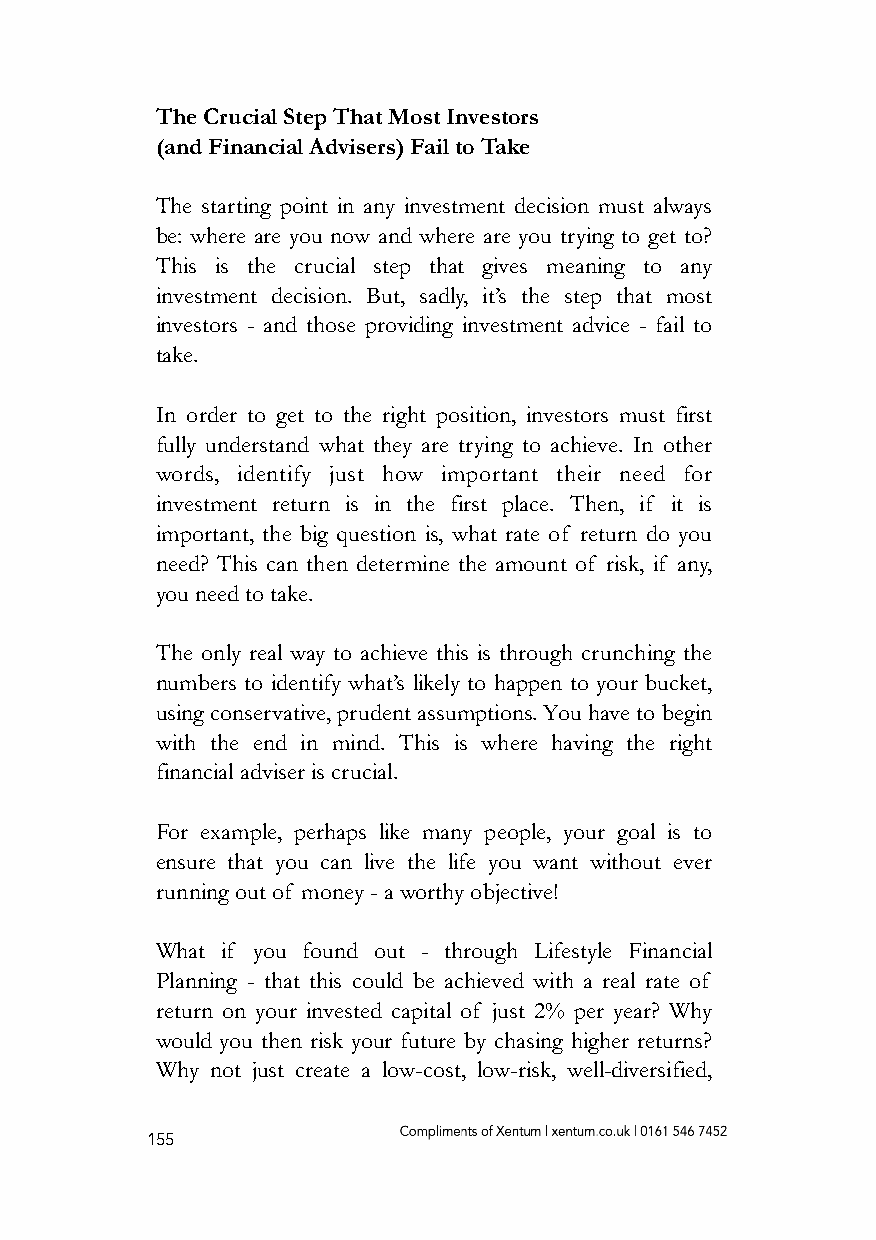
The Crucial Step That Most Investors
 (and Financial Advisers) Fail to Take
 The starting point in any investment decision must always
 be: where are you now and where are you trying to get to?
 This is the crucial step that gives meaning to any
 investment decision. But, sadly, it’s the step that most
 investors - and those providing investment advice - fail to
 take.
 In order to get to the right position, investors must first
 fully understand what they are trying to achieve. In other
 words, identify just how important their need for
 investment return is in the first place. Then, if it is
 important, the big question is, what rate of return do you
 need? This can then determine the amount of risk, if any,
 you need to take.
 The only real way to achieve this is through crunching the
 numbers to identify what’s likely to happen to your bucket,
 using conservative, prudent assumptions. You have to begin
 with the end in mind. This is where having the right
 financial adviser is crucial.
 For example, perhaps like many people, your goal is to
 ensure that you can live the life you want without ever
 running out of money - a worthy objective!
 What if you found out - through Lifestyle Financial
 Planning - that this could be achieved with a real rate of
 return on your invested capital of just 2% per year? Why
 would you then risk your future by chasing higher returns?
 Why not just create a low-cost, low-risk, well-diversified,
 155